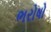
ભરોષો